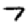
Digit: 7